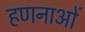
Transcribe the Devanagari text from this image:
हणनाओं